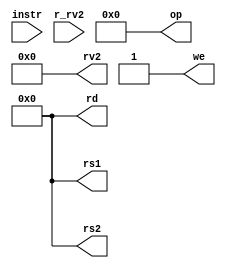
module dummydecoder(
    input [31:0] instr,  // Full 32-b instruction
    output [5:0] op,     // some operation encoding of your choice
    output [4:0] rs1,    // First operand
    output [4:0] rs2,    // Second operand
    output [4:0] rd,     // Output reg
    input  [31:0] r_rv2, // From RegFile
    output [31:0] rv2,   // To ALU
    output we            // Write to reg
);

    assign op = 'h0;
    assign rs1 = 'h0;
    assign rs2 = 'h0;
    assign rd = 'h0;
    assign we = 1;      // For only ALU ops, can always set to 1
    assign rv2 = 'h0;   // Should send either the value from the RegFile or the Imm value from Instr

endmodule